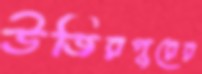
উজিরপুরের